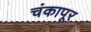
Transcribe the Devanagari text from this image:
चंकापूर